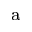
^ \mathrm { a }